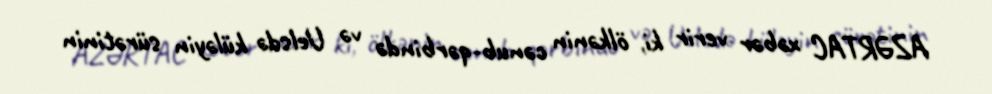
AZƏRTAC xəbər verir ki, ölkənin cənub-qərbində və Uelsdə küləyin sürətinin